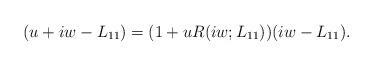
LaTeX: \begin{align*} ( u +iw - L_{11})= (1 + u R(iw;L_{11}))(iw - L_{11}). \end{align*}